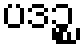
ပဒဉ္စ